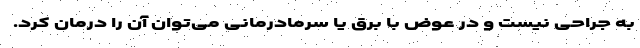
به جراحی نیست و در عوض با برق یا سرمادرمانی می‌توان آن را درمان کرد.